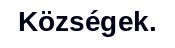
Községek.